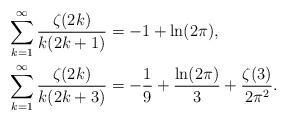
LaTeX: \begin{align*}\sum_{k = 1}^\infty {\frac{{\zeta (2k)}}{{k(2k + 1)}}}& = -1 + \ln (2\pi ),\\\sum_{k = 1}^\infty {\frac{{\zeta (2k)}}{{k(2k + 3)}}} &=- \frac{1}{9} + \frac{\ln (2\pi )}{3} + \frac{\zeta (3)}{2\pi ^2 }.\end{align*}